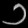
Digit: ၁